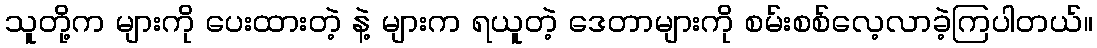
သူတို့က များကို ပေးထားတဲ့ နဲ့ များက ရယူတဲ့ ဒေတာများကို စမ်းစစ်လေ့လာခဲ့ကြပါတယ်။